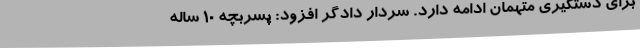
برای دستگیری متهمان ادامه دارد. سردار دادگر افزود: پسربچه ۱۰ ساله